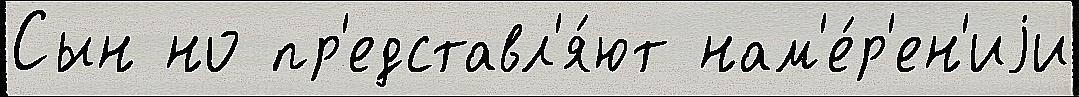
Сын но пр'едставл'я́ют нам'е́р'ен'иjи